Vaccination in Bombay 1874-1876 - 1874-1876
Year: 1874
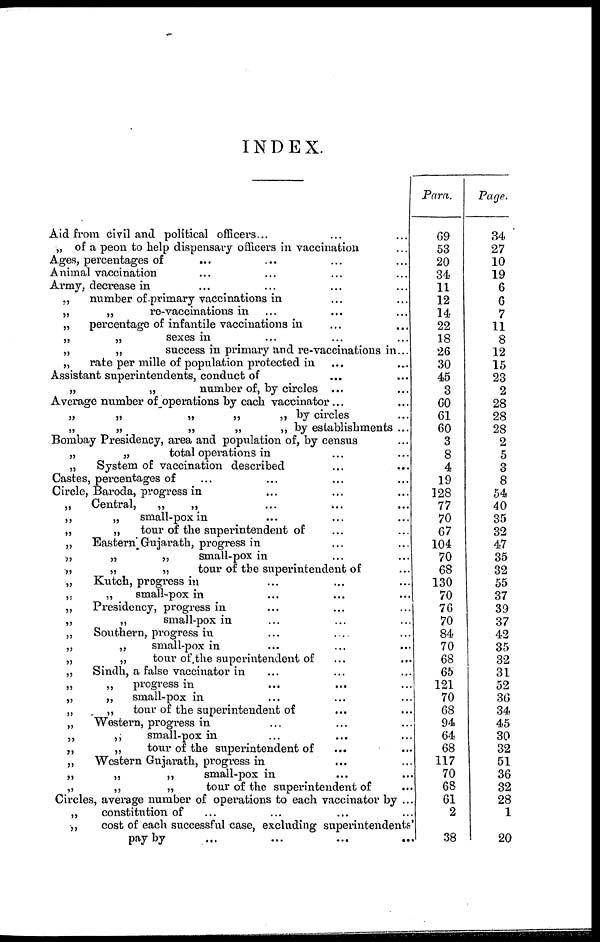
INDEX.
Aid from civil and political officers... ... ...
„ of a peon to help dispensary officers in vaccination ...
Ages, percentages of ... ... ... ...
Animal vaccination ... ... ... ...
Army, decrease in ... ... ... ...
„
number of primary vaccinations in ... ...
„
„
re-vaccinations in
... ... ...
„
percentage of infantile vaccinations in ... ...
„
„
sexes in ... ... ...
„
„
success in primary and re-vaccinations in...
„
rate per mille of population protected in ... ...
Assistant superintendents, conduct of ... ...
„
„
number of, by circles ... ...
Average number of operations by each vaccinator... ...
„
„
„
„
„ by circles ...
„
„
„
„
„ by establishments ...
Bombay Presidency, area and population of, by census ...
„
„
total operations in ... ...
„
System of vaccination described ... ...
Castes, percentages of ... ... ... ...
Circle, Baroda, progress in ... ... ...
„
Central,
„
„ ... ... ...
„
„
small-pox in ... ... ...
„
„
tour of the superintendent of ... ...
„
Eastern Gujarath, progress in ... ...
„
„
„
small-pox in ... ...
„
„
„
tour of the superintendent of ...
„
Kutch, progress in ... ... ...
„
„
small-pox in ... ... ...
„
Presidency, progress in ... ... ...
„
„
small-pox in ... ... ...
„
Southern, progress in ... ... ...
„
„
small-pox in ... ... ...
„
„
tour of the superintendent of ... ...
„
Sindh, a false vaccinator in ... ... ...
„
„
progress in ... ... ...
„
„
small-pox in ... ... ...
„
„
tour of the superintendent of ... ...
„
Western, progress in ... ... ... ...
„
„
small-pox in ... ... ... ...
„
„
tour of the superintendent of ... ...
„
Western Gujarath, progress in ... ...
„
„
„
small-pox in ... ...
„
„
„
tour of the superintendent of ...
Circles, average number of operations to each vaccinator by ...
„
constitution of ... ... ... ...
„
cost of each successful case, excluding superintendents'
pay by ... ... ... ...
Para.
69
53
20
34
11
12
14
22
18
26
30
45
3
60
61
60
3
8
4
19
128
77
70
67
104
70
68
130
70
76
70
84
70
68
65
121
70
68
94
64
68
117
70
68
61
2
38
Page.
34
27
10
19
6
6
7
11
8
12
15
23
2
28
28
28
2
5
3
8
54
40
35
32
47
35
32
55
37
39
37
42
35
32
31
52
36
34
45
30
32
51
36
32
28
1
20